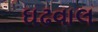
ઘઢવાલ